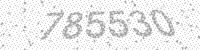
Solution: 785530